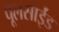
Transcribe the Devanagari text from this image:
पूलसाईंड